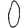
Digit: 0